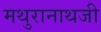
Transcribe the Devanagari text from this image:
मथुरानाथजी